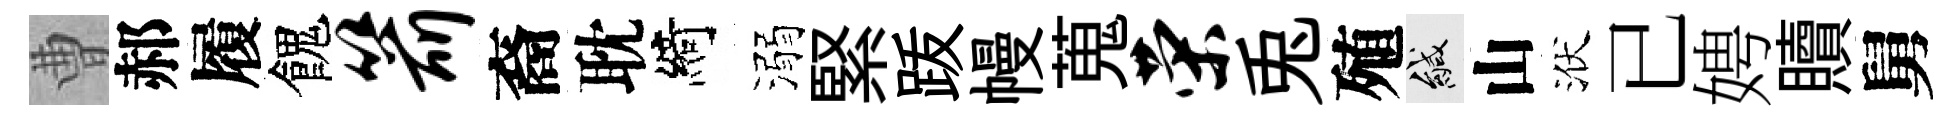
曹郝履餽箭裔耽綺溺緊䟦幔蒐荣兎殖緘山洑已娉贖舅